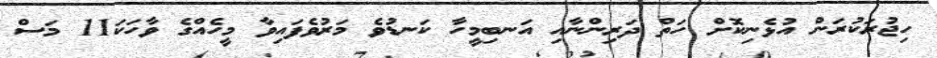
ހިޖުރަކުރަން އުޅެނިކޮށް ހަތް ދަރިންނާއި އަނބިމީހާ ކަނޑުވެ މަރުވެފައިވާ މީހެއްގެ ވާހަކަ11 މަސް